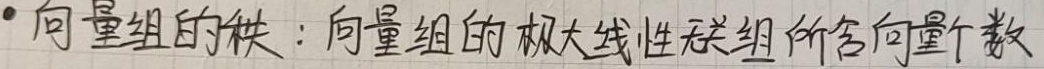
- 向量组的秩：向量组的极大线性无关组所含向量个数